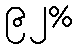
၉၂%